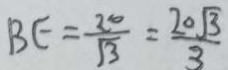
B E = \frac { 2 0 } { \sqrt { 3 } } = \frac { 2 0 \sqrt { 3 } } { 3 }